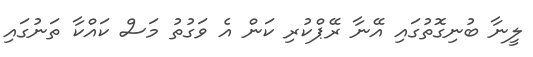
ލީނާ ބުނިގޮތުގައި އޭނާ ރޭޕްކުރި ކަން އެ ވަގުތު މަސް ކައްކާ ތަނުގައި